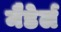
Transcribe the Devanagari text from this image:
मैडेर्ल